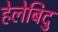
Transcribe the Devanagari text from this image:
हेलेबिदु